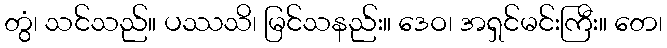
တွံ၊ သင်သည်။ ပဿသိ၊ မြင်သနည်း။ ဒေဝ၊ အရှင်မင်းကြီး။ တေ၊